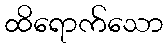
ထိရောက်သော